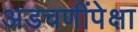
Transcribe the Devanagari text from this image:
अडचणींपेक्षा